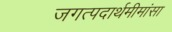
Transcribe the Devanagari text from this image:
जगत्पदार्थमीमांसा